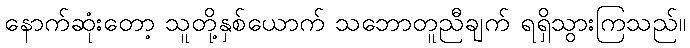
နောက်ဆုံးတော့ သူတို့နှစ်ယောက် သဘောတူညီချက် ရရှိသွားကြသည်။